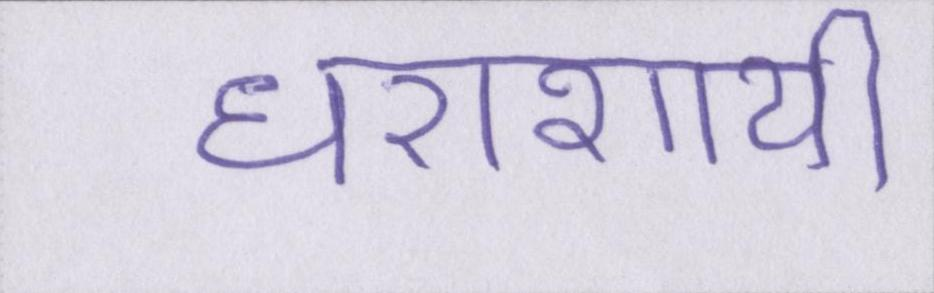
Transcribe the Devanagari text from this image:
धराशायी